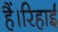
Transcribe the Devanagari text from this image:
हैं।रिहाई